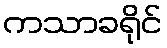
ကသာခရိုင်